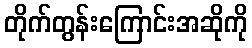
တိုက်တွန်းကြောင်းအဆိုကို